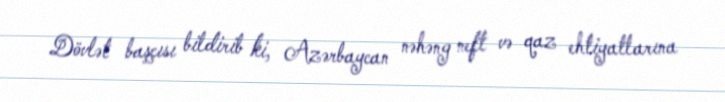
Dövlət başçısı bildirib ki, Azərbaycan nəhəng neft və qaz ehtiyatlarına